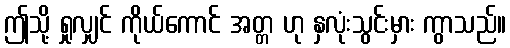
ဤသို့ ရှုလျှင် ကိုယ်ကောင် အတ္တ ဟု နှလုံးသွင်းမှား ကွာသည်။